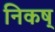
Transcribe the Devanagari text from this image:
निकष्